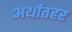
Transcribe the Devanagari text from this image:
अर्थातहर